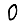
Digit: 0